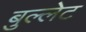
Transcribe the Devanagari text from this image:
बुल्लेट